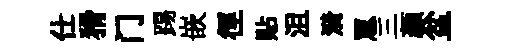
仕猾门踢嵌徑貼沮漪罳三颜盆